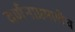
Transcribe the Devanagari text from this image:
वर्णनाप्रमाणेच